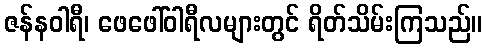
ဇန်နဝါရီ၊ ဖေဖေါ်ဝါရီလများတွင် ရိတ်သိမ်းကြသည်။